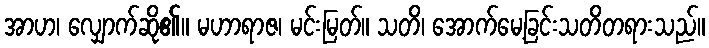
အာဟ၊ လျှောက်ဆို၏။ မဟာရာဇ၊ မင်းမြတ်။ သတိ၊ အောက်မေ့ခြင်းသတိတရားသည်။